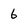
Character: 6